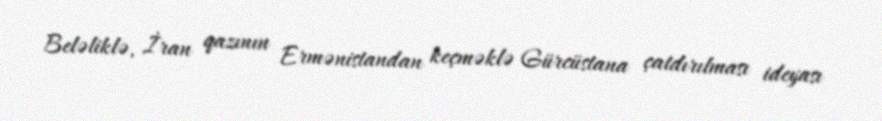
Beləliklə, İran qazının Ermənistandan keçməklə Gürcüstana çatdırılması ideyası